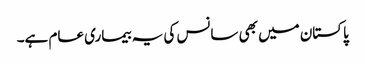
پاکستان میں بھی سانس کی یہ بیماری عام ہے۔